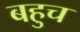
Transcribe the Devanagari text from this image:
बहुच